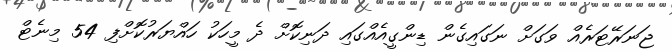
ޖަނަރޭޓަރެއް ވަގަށް ނަގައިގެން ޑިންގީއެއްގައި ދަނިކޮށް ދެ މީހަކު ހައްޔަރުކޮށްފި 54 މިނެޓް